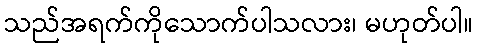
သည်အရက်ကိုသောက်ပါသလား၊ မဟုတ်ပါ။